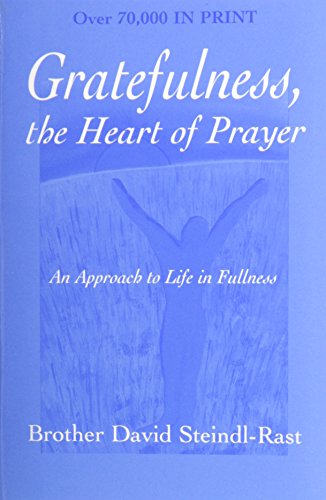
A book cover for Gratefulness, The Heart of Prayer: An Approach to Life in Fullness; David Steindl-Rast; Religion & Spirituality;